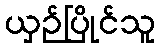
ယှဉ်ပြိုင်သူ